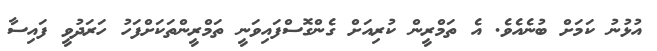
އުޅުނު ކަމަށް ބުނެއެވެ. އެ ތަމްރީން ކުރިއަށް ގެންގޮސްފައިވަނީ ތަމްރީންތަކަށްފަހު ހަރަދުވީ ފައިސާ